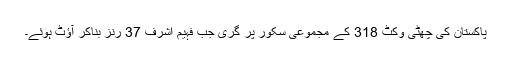
پاکستان کی چھٹی وکٹ 318 کے مجموعی سکور پر گری جب فہیم اشرف 37 رنز بناکر آﺅٹ ہوئے۔